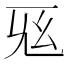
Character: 𢆺